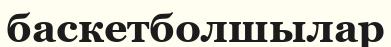
баскетболшылар